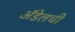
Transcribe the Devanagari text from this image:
अॅडेलची